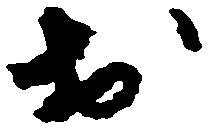
於